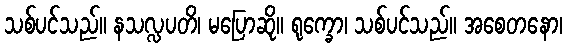
သစ်ပင်သည်။ နသလ္လပတိ၊ မပြောဆို။ ရုက္ခော၊ သစ်ပင်သည်။ အစေတနော၊